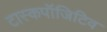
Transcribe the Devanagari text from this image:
टास्कपॉजिटिव